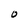
Character: O